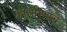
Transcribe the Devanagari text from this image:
निर्धारणाचे